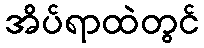
အိပ်ရာထဲတွင်